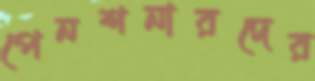
পেনশনারদের